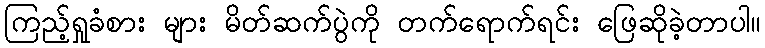
ကြည့်ရှုခံစား များ မိတ်ဆက်ပွဲကို တက်ရောက်ရင်း ဖြေဆိုခဲ့တာပါ။